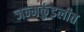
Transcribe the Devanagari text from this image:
जन्मकुंडलीत